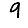
Digit: 9